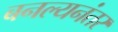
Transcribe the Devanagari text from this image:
बनल्यनंतर